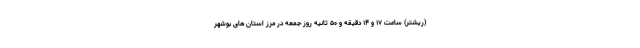
(ریشتر) ساعت ۱۷ و ۱۴ دقیقه و ۵۰ ثانیه روز جمعه در مرز استان های بوشهر